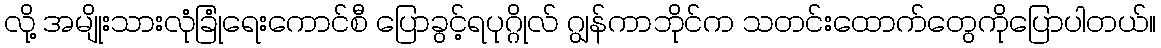
လို့ အမျိုးသားလုံခြုံရေးကောင်စီ ပြောခွင့်ရပုဂ္ဂိုလ် ဂျွန်ကာဘိုင်က သတင်းထောက်တွေကိုပြောပါတယ်။